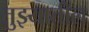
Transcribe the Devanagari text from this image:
तुझ्यातील